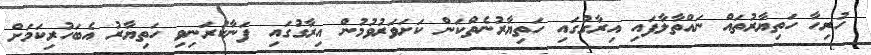
ހުރިހާ ހަތިޔާރުތައް ނައްތާލާފައި އިރާގުގައި ހަތިޔާރުނެތްކަން ކަށަވަރުވުމުން އިރާގުގައި ފަނާކުރަނިވި ހަތިޔާރު އެބަހުރިކަމަށް